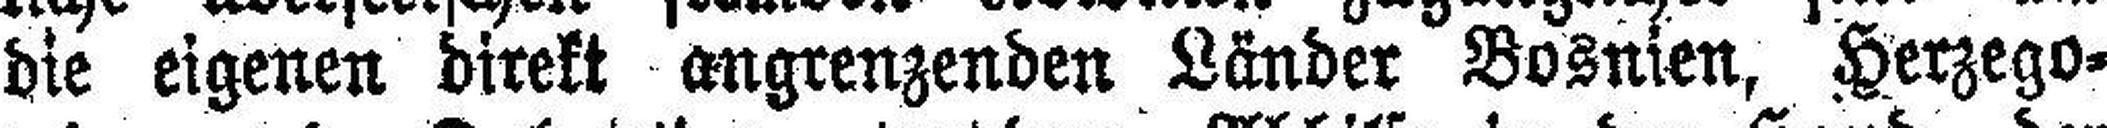
die eigenen direkt angrenzenden Länder Bosnien, Herzego¬